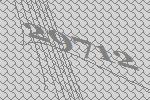
29712